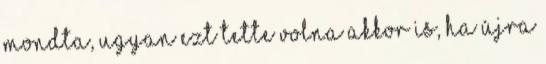
mondta, ugyan ezt tette volna akkor is, ha újra